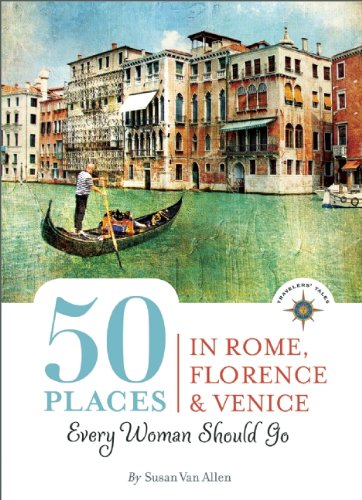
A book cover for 50 Places in Rome, Florence and Venice Every Woman Should Go: Includes Budget Tips, Online Resources, & Golden Days (100 Places); Susan Van Allen; Travel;